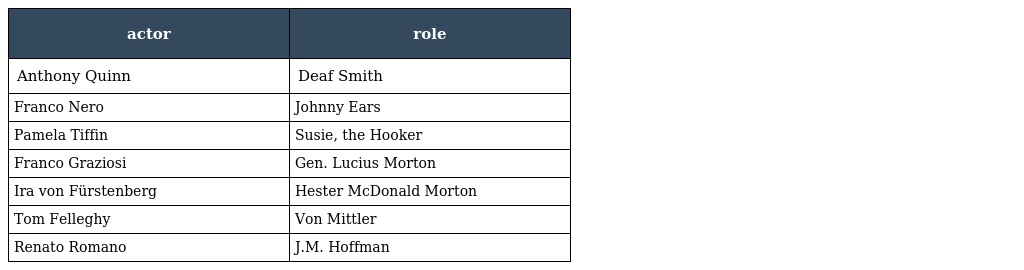
| actor | role |
 | --- | --- |
 | Anthony Quinn | Deaf Smith |
 | Franco Nero | Johnny Ears |
 | Pamela Tiffin | Susie, the Hooker |
 | Franco Graziosi | Gen. Lucius Morton |
 | Ira von Fürstenberg | Hester McDonald Morton |
 | Tom Felleghy | Von Mittler |
 | Renato Romano | J.M. Hoffman |